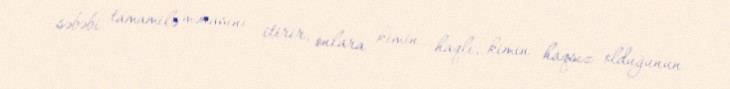
səbəbi tamamilə mənasını itirir, onlara kimin haqlı, kimin haqsız olduğunun